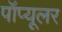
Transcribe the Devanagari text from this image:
पॉप्यूलर